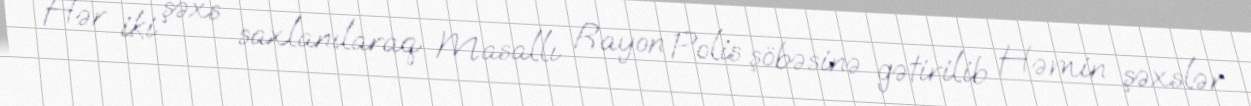
Hər iki şəxs saxlanılaraq Masallı Rayon Polis şöbəsinə gətirilib Həmin şəxslər